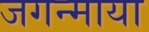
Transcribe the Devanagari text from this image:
जगन्माया